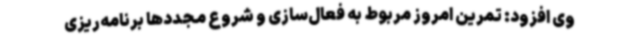
وی افزود: تمرین امروز مربوط به فعال‌سازی و شروع مجددها برنامه‌ریزی